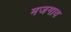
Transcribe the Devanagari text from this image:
मजगाव